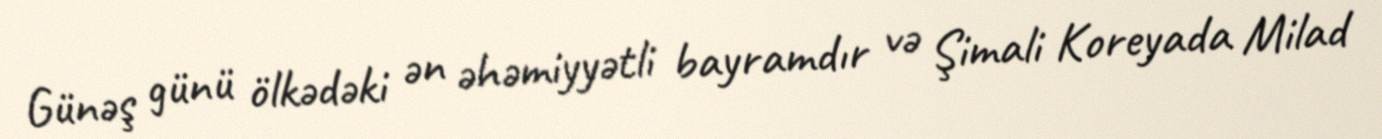
Günəş günü ölkədəki ən əhəmiyyətli bayramdır və Şimali Koreyada Milad